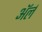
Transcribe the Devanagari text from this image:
अॅर्ल